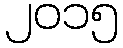
၂၀၁၅